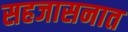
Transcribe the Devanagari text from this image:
सहजासनात